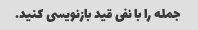
جمله را با نفی قید بازنویسی کنید.